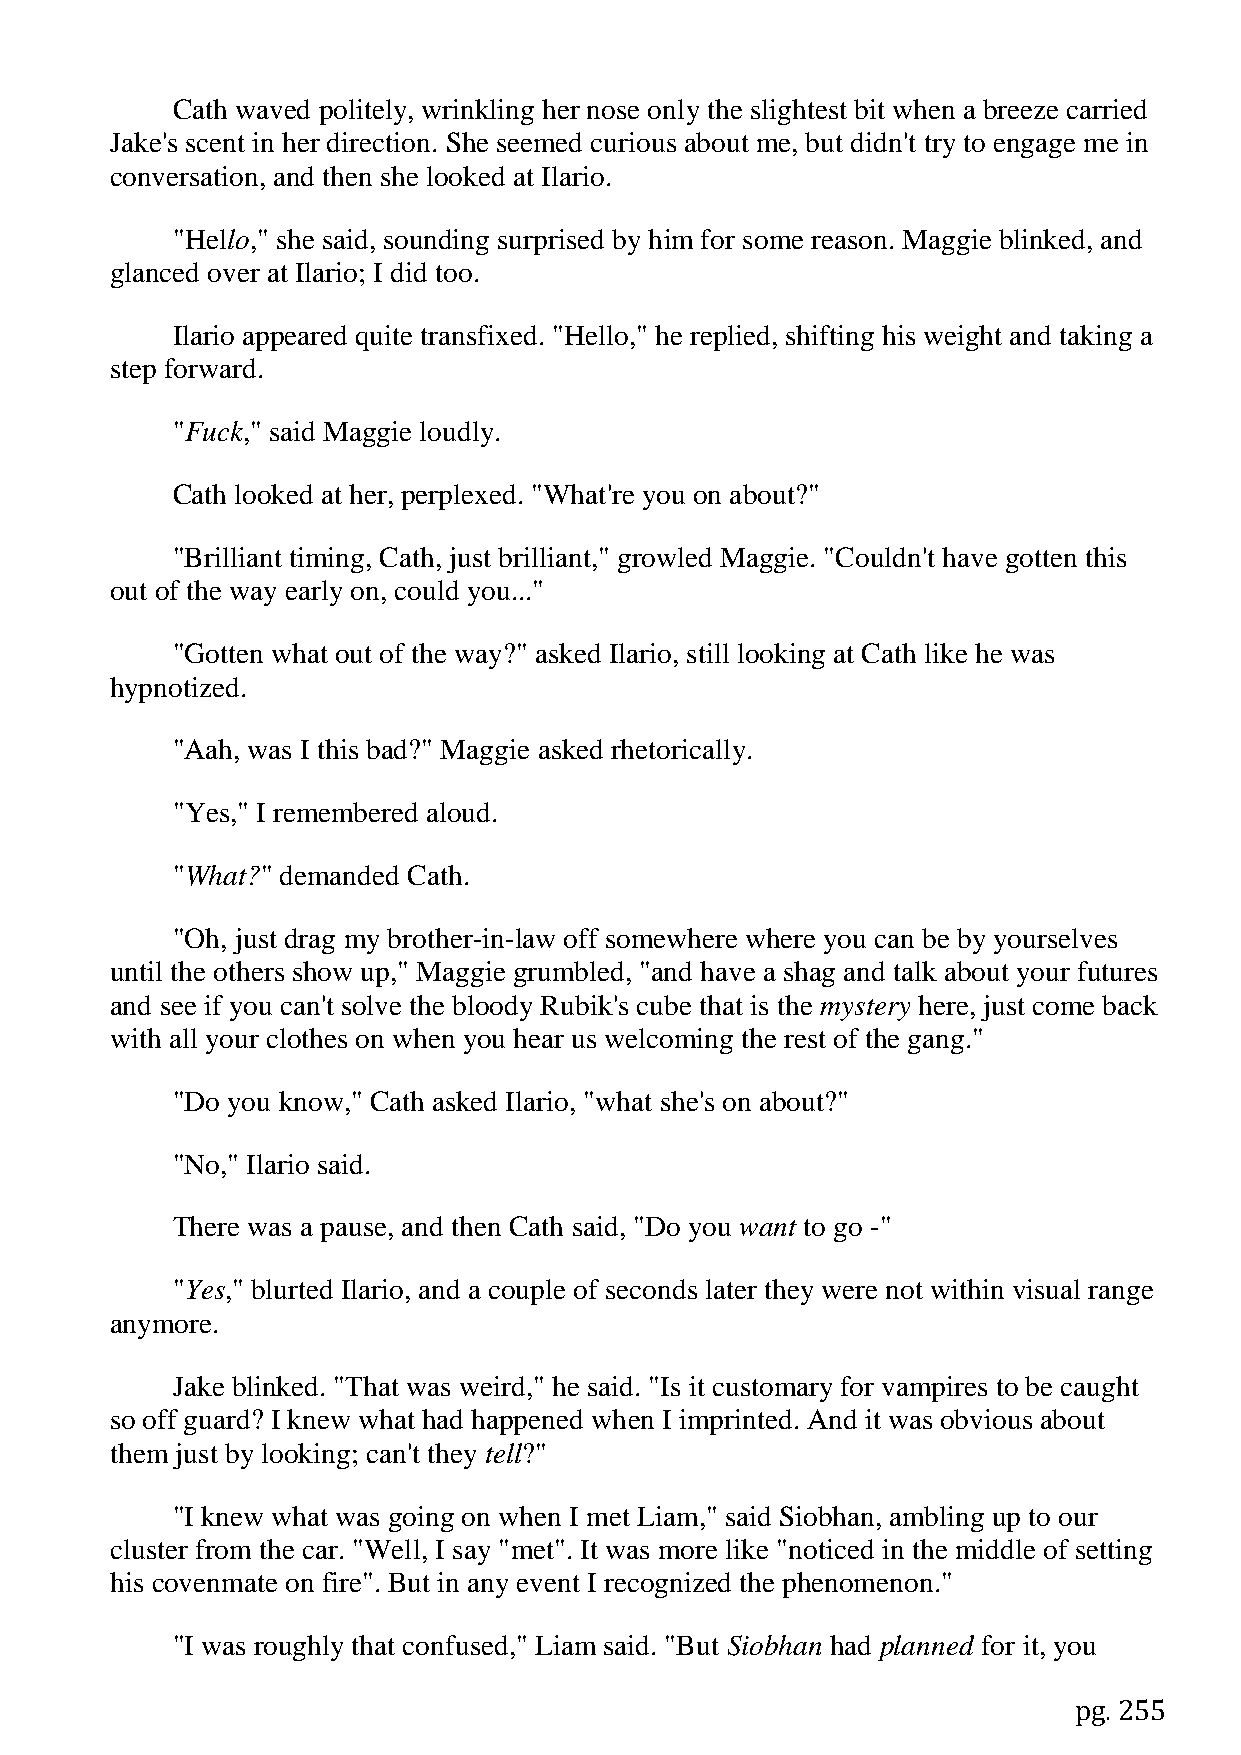
Cath waved politely, wrinkling her nose only the slightest bit when a breeze carried
 Jake's scent in her direction. She seemed curious about me, but didn't try to engage me in
 conversation, and then she looked at Ilario.
 "Hello," she said, sounding surprised by him for some reason. Maggie blinked, and
 glanced over at Ilario; I did too.
 Ilario appeared quite transfixed. "Hello," he replied, shifting his weight and taking a
 step forward.
 "Fuck," said Maggie loudly.
 Cath looked at her, perplexed. "What're you on about?"
 "Brilliant timing, Cath, just brilliant," growled Maggie. "Couldn't have gotten this
 out of the way early on, could you..."
 "Gotten what out of the way?" asked Ilario, still looking at Cath like he was
 hypnotized.
 "Aah, was I this bad?" Maggie asked rhetorically.
 "Yes," I remembered aloud.
 "What?" demanded Cath.
 "Oh, just drag my brother-in-law off somewhere where you can be by yourselves
 until the others show up," Maggie grumbled, "and have a shag and talk about your futures
 and see if you can't solve the bloody Rubik's cube that is the mystery here, just come back
 with all your clothes on when you hear us welcoming the rest of the gang."
 "Do you know," Cath asked Ilario, "what she's on about?"
 "No," Ilario said.
 There was a pause, and then Cath said, "Do you want to go -"
 "Yes," blurted Ilario, and a couple of seconds later they were not within visual range
 anymore.
 Jake blinked. "That was weird," he said. "Is it customary for vampires to be caught
 so off guard? I knew what had happened when I imprinted. And it was obvious about
 them just by looking; can't they tell?"
 "I knew what was going on when I met Liam," said Siobhan, ambling up to our
 cluster from the car. "Well, I say "met". It was more like "noticed in the middle of setting
 his covenmate on fire". But in any event I recognized the phenomenon."
 "I was roughly that confused," Liam said. "But Siobhan had planned for it, you
 pg. 255